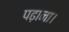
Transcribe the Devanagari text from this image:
पढ़ाना।